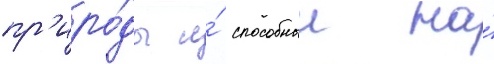
пр'иро́ды и́ способныи на́